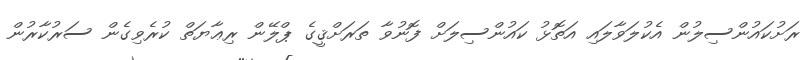
ރަށުކައުންސިލުން އެކުލަވާލައި އަތޮޅު ކައުންސިލަށް ފޮނުވާ ތަރަށްޤީގެ ޕްލޭން ރިޢާޔަތް ކުރެވިގެން ސަރުކާރުން